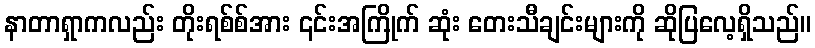
နာတာရှာကလည်း တိုးရစ်စ်အား ၎င်းအကြိုက် ဆုံး တေးသီချင်းများကို ဆိုပြလေ့ရှိသည်။